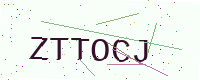
Text: ZTTOCJ